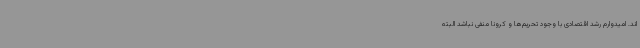
اند. امیدوارم رشد اقتصادی با وجود تحریم‌ها و کرونا منفی نباشد البته